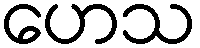
ဟေသ